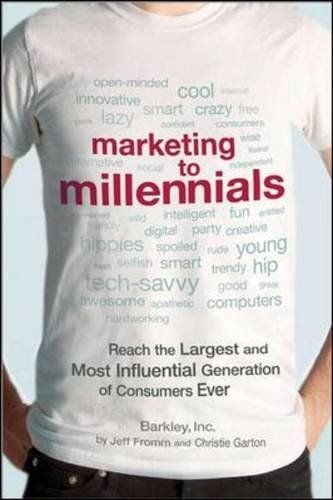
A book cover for Marketing to Millennials: Reach the Largest and Most Influential Generation of Consumers Ever; Jeff Fromm; Business & Money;